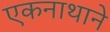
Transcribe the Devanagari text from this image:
एकनाथाने